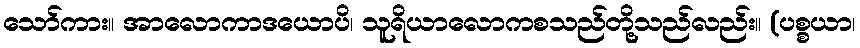
သော်ကား။ အာလောကာဒယောပိ၊ သူရိယာလောကစသည်တို့သည်လည်း။ (ပစ္စယာ၊